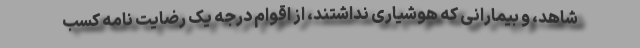
شاهد، و بیمارانی که هوشیاری نداشتند، از اقوام درجه یک رضایت نامه کسب